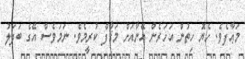
މަޢާފެވެ. ހެޔޮ ހިތުން އަހަރެން އޭނާއަށް މަޤާފް ކުރީމެވެ. ނަމަވެސް އޭގެ ބަދަލު